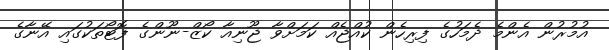
އުމުރުން އެންމެ ދެމަހުގެ ފިރިހެން ކުއްޖެއް ކަމަށްވާ ޖޫނިއާ ކޯޒް-ނޫންގެ ފޮޓޯތަކުގައި އޭނާގެ